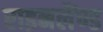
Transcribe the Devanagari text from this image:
राइनलैंण्ड